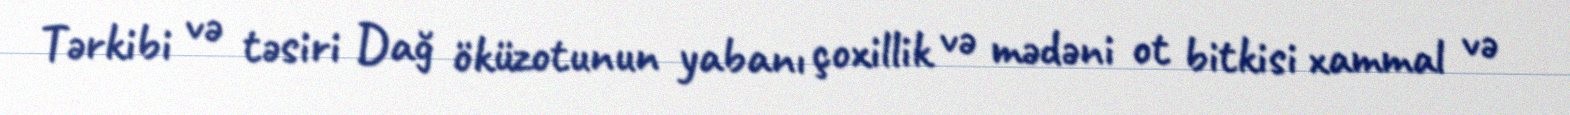
Tərkibi və təsiri Dağ öküzotunun yabanı çoxillik və mədəni ot bitkisi xammal və